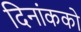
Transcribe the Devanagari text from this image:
दिनांकको